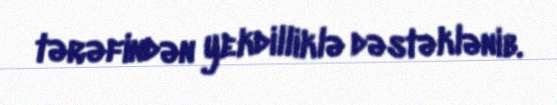
tərəfindən yekdilliklə dəstəklənib.